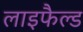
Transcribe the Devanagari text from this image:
लाइफैल्ड